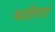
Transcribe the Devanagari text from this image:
बडौदरा